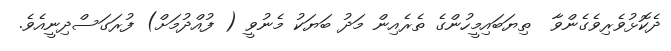
ދެކޮޅުވެރިވެގެންވާ  ތިޔަބައިމީހުންގެ ތެރެއިން މަދު ބަޔަކު މެނުވީ ( ފުއްދުމަށް) ފުރަގަސްދިނީއެވެ.